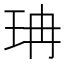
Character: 珃